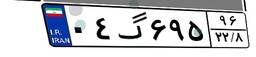
۰۴گ۶۹۵۹۶